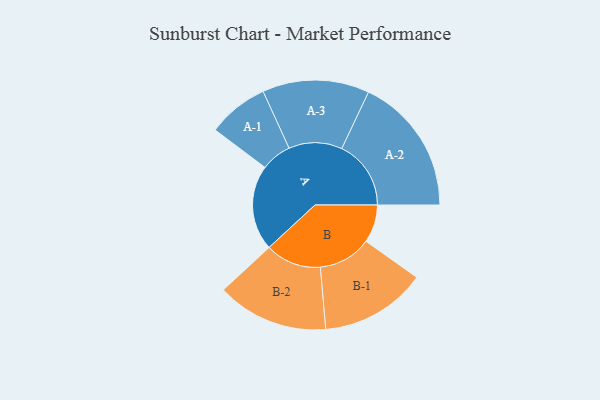
{"axis": {"x": "Segment", "y": "Value"}, "legend": ["", "A", "B"], "data": [{"x": "A", "y": 313, "type": ""}, {"x": "B", "y": 139, "type": ""}, {"x": "A-1", "y": 112, "type": "A"}, {"x": "A-2", "y": 254, "type": "A"}, {"x": "A-3", "y": 196, "type": "A"}, {"x": "B-1", "y": 195, "type": "B"}, {"x": "B-2", "y": 205, "type": "B"}]}